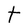
Character: t